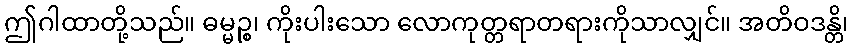
ဤဂါထာတို့သည်။ ဓမ္မဉ္စ၊ ကိုးပါးသော လောကုတ္တရာတရားကိုသာလျှင်။ အတိဝဒန္တိ၊